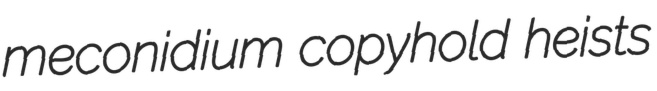
meconidium copyhold heists